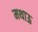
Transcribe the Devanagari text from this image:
मथाऊ